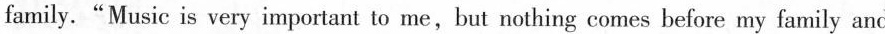
family.“ Music is very important to me, but nothing comes before my family and